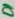
Text: D1